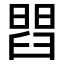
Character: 𦦄